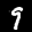
Label: 9